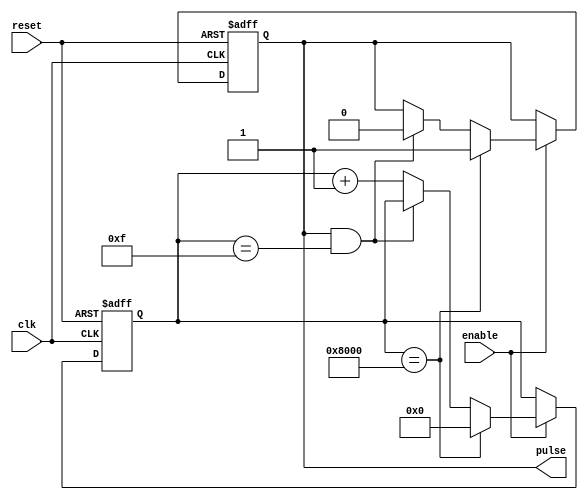
module synchronous_pulse_generator (
  input wire clk,
  input wire reset,
  input wire enable,
  output reg pulse
);

reg [15:0] counter;
reg [3:0] pulse_width = 4'b1111; // adjust based on required pulse width
reg [15:0] pulse_count = 16'h8000; // adjust based on required frequency

always @ (posedge clk or posedge reset) begin
  if (reset) begin
    counter <= 16'h0000;
    pulse <= 1'b0;
  end else if (enable) begin
    if (counter == pulse_count) begin
      pulse <= 1'b1;
      counter <= 16'h0000;
    end else if (pulse && (counter == pulse_width)) begin
      pulse <= 1'b0;
    end else begin
      counter <= counter + 1;
    end
  end
end

endmodule